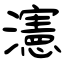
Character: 瀗